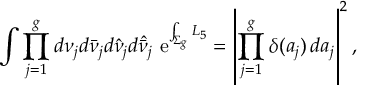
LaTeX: \int \prod _ { j = 1 } ^ { g } d \nu _ { j } d \bar { \nu } _ { j } d \hat { \nu } _ { j } d \hat { \bar { \nu } } _ { j } \, \, \mathrm { e } ^ { \int _ { \Sigma _ { g } } { \cal L } _ { 5 } } = \left| \prod _ { j = 1 } ^ { g } \delta ( a _ { j } ) \, d a _ { j } \right| ^ { 2 } ,